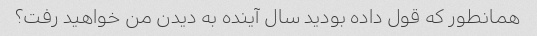
همانطور که قول داده بودید سال آینده به دیدن من خواهید رفت؟